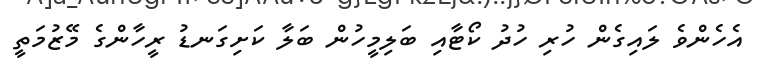
އެހެންވެ ލައިގެން ހުރި ހުދު ކޯޓާއި ބަލިމީހުން ބަލާ ކަށިގަނޑު ރީހާންގެ މޭޒުމަތީ